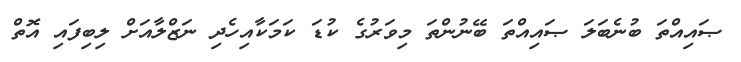
ޞައިއްތަ ބުނެބަލަ ޞައިއްތަ ބޭނުންތަ މިވަރުގެ ކުޑަ ކަމަކާއިހެދި ނަޒްލާއަށް ލިބިފައި އޮތް